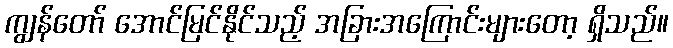
ကျွန်တော် အောင်မြင်နိုင်သည့် အခြားအကြောင်းများတော့ ရှိသည်။